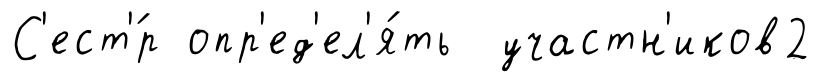
С'ест'́р опр'ед'ел'я́ть участн'иков2